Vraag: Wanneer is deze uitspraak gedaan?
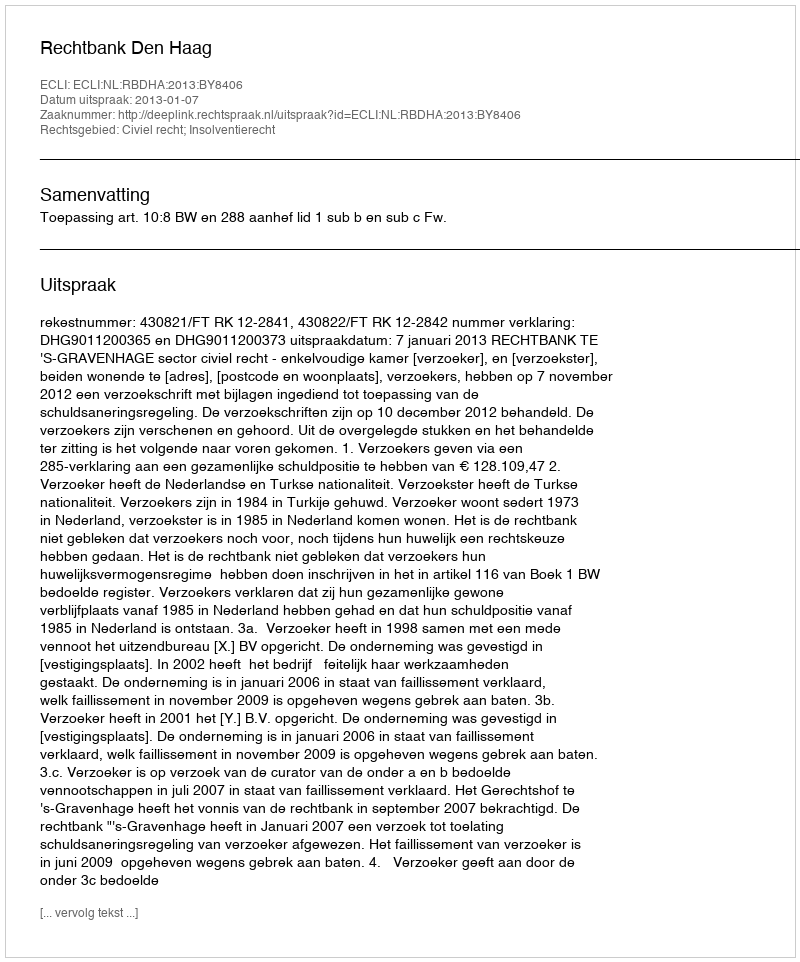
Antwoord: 2013-01-07